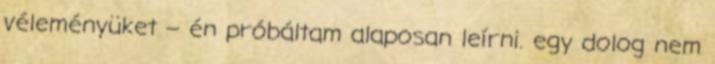
véleményüket – én próbáltam alaposan leírni. egy dolog nem